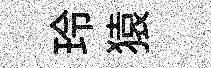
玲猿